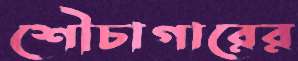
শৌচাগারের